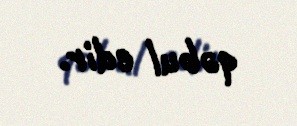
qəbul edir.